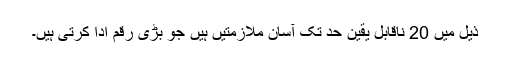
ذیل میں 20 ناقابل یقین حد تک آسان ملازمتیں ہیں جو بڑی رقم ادا کرتی ہیں۔